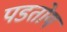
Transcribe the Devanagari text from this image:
पडतोय